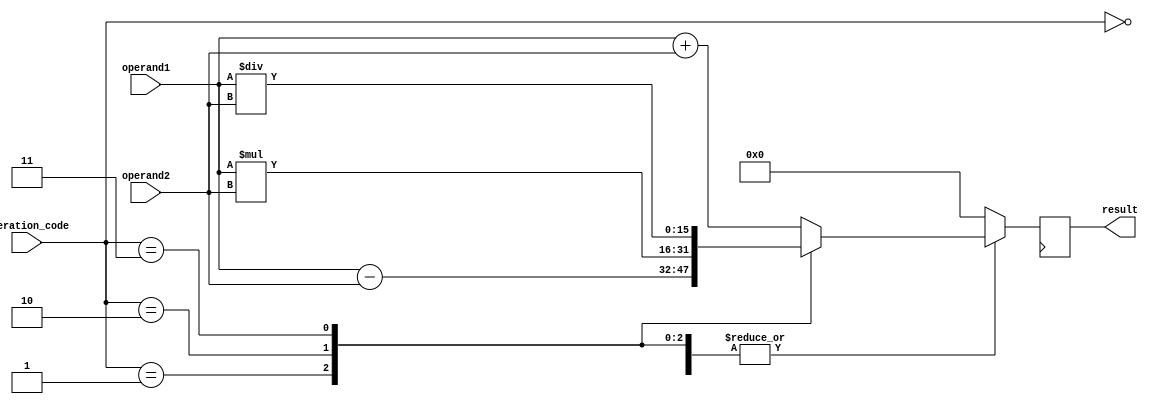
module half_precision_fp_unit(
    input wire [15:0] operand1,
    input wire [15:0] operand2,
    input wire [2:0] operation_code,
    output reg [15:0] result
);

reg [15:0] ALU_result;
reg [15:0] output_mux;
reg [15:0] output_reg;

always @ (operand1, operand2, operation_code) begin
    case(operation_code)
        3'b000: ALU_result = operand1 + operand2; // addition
        3'b001: ALU_result = operand1 - operand2; // subtraction
        3'b010: ALU_result = operand1 * operand2; // multiplication
        3'b011: ALU_result = operand1 / operand2; // division
        default: ALU_result = 16'b0; // default case
    endcase
end

always @ (ALU_result, operation_code) begin
    case(operation_code)
        3'b000: output_mux = ALU_result; // output ALU result for addition
        3'b001: output_mux = ALU_result; // output ALU result for subtraction
        3'b010: output_mux = ALU_result; // output ALU result for multiplication
        3'b011: output_mux = ALU_result; // output ALU result for division
        default: output_mux = 16'b0; // default case
    endcase
end

always @ (posedge clock) begin
    output_reg <= output_mux;
end

assign result = output_reg;

endmodule